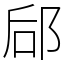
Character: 郈